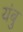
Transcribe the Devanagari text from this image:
यंबु